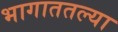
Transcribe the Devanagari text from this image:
भागाततल्या